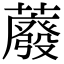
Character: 䕠